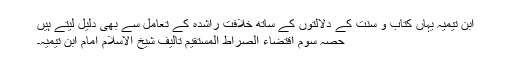
ابن تیمیہ یہاں کتاب و سنت کے دلالتوں کے ساتھ خلافت راشدہ کے تعامل سے بھی دلیل لیتے ہیں
حصہ سوم اقتضاء الصراط المستقيم تالیف شیخ الاسلام امام ابن تیمیہ۔